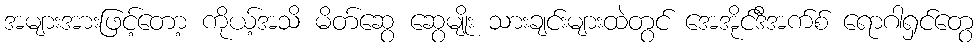
အများအားဖြင့်တော့ ကိုယ့်အသိ မိတ်ဆွေ ဆွေမျိုး သားချင်းများထဲတွင် အေအိုင်ဒီအက်စ် ရောဂါရှင်တွေ